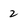
Character: 2